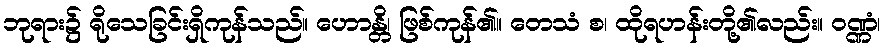
ဘုရား၌ ရိုသေခြင်းရှိကုန်သည်။ ဟောန္တိ၊ ဖြစ်ကုန်၏။ တေသံ စ၊ ထိုရဟန်းတို့၏လည်း။ ဝဏ္ဏံ၊